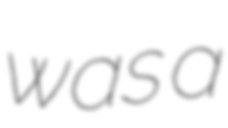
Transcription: was a